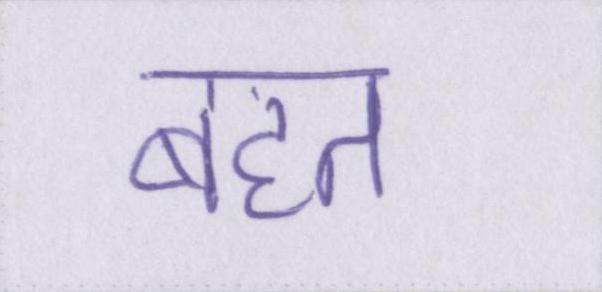
बहत